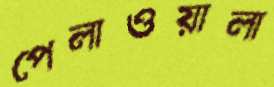
পেলাওয়ালা